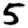
Digit: 5